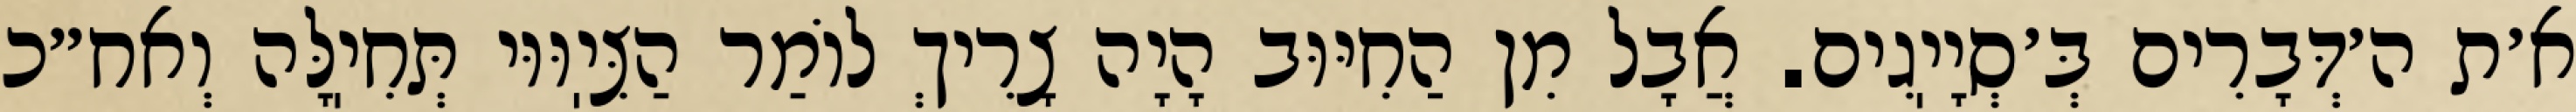
א׳ת ה׳דְּבָרִים בְּ׳סְיָיֽגִים. אֲבָל מִן הַחִיּוּב הָיָה צָרִיךְ לוֹמַר הַצִּיֽוּוּי תְּחִיֽלָּה וְאח״כ